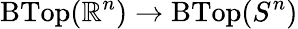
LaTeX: \operatorname{BTop}(\mathbb{R}^{n})\to\operatorname{BTop}(S^{n})